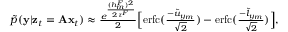
\begin{array} { r } { \tilde { p } ( { \bf { y } } | { \bf { z } } _ { t } = { \bf { A } } { \bf { x } } _ { t } ) \approx \frac { e ^ { \frac { ( h _ { m } ^ { F } ) ^ { 2 } } { 2 \tau ^ { F } } } } { 2 } \Big [ \mathrm { e r f c } ( \frac { - \tilde { u } _ { y _ { m } } } { \sqrt { 2 } } ) - \mathrm { e r f c } ( \frac { - \tilde { l } _ { y _ { m } } } { \sqrt { 2 } } ) \Big ] , } \end{array}